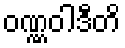
ဝဏ္ဏဝါဒီတိ